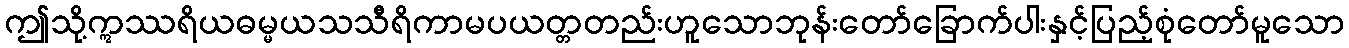
ဤသို့ဣဿရိယဓမ္မယသသီရိကာမပယတ္တတည်းဟူသောဘုန်းတော်ခြောက်ပါးနှင့်ပြည့်စုံတော်မူသော